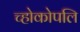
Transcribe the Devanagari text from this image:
च्होकोपलि